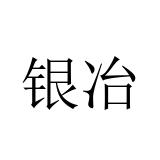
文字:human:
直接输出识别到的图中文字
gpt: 银冶